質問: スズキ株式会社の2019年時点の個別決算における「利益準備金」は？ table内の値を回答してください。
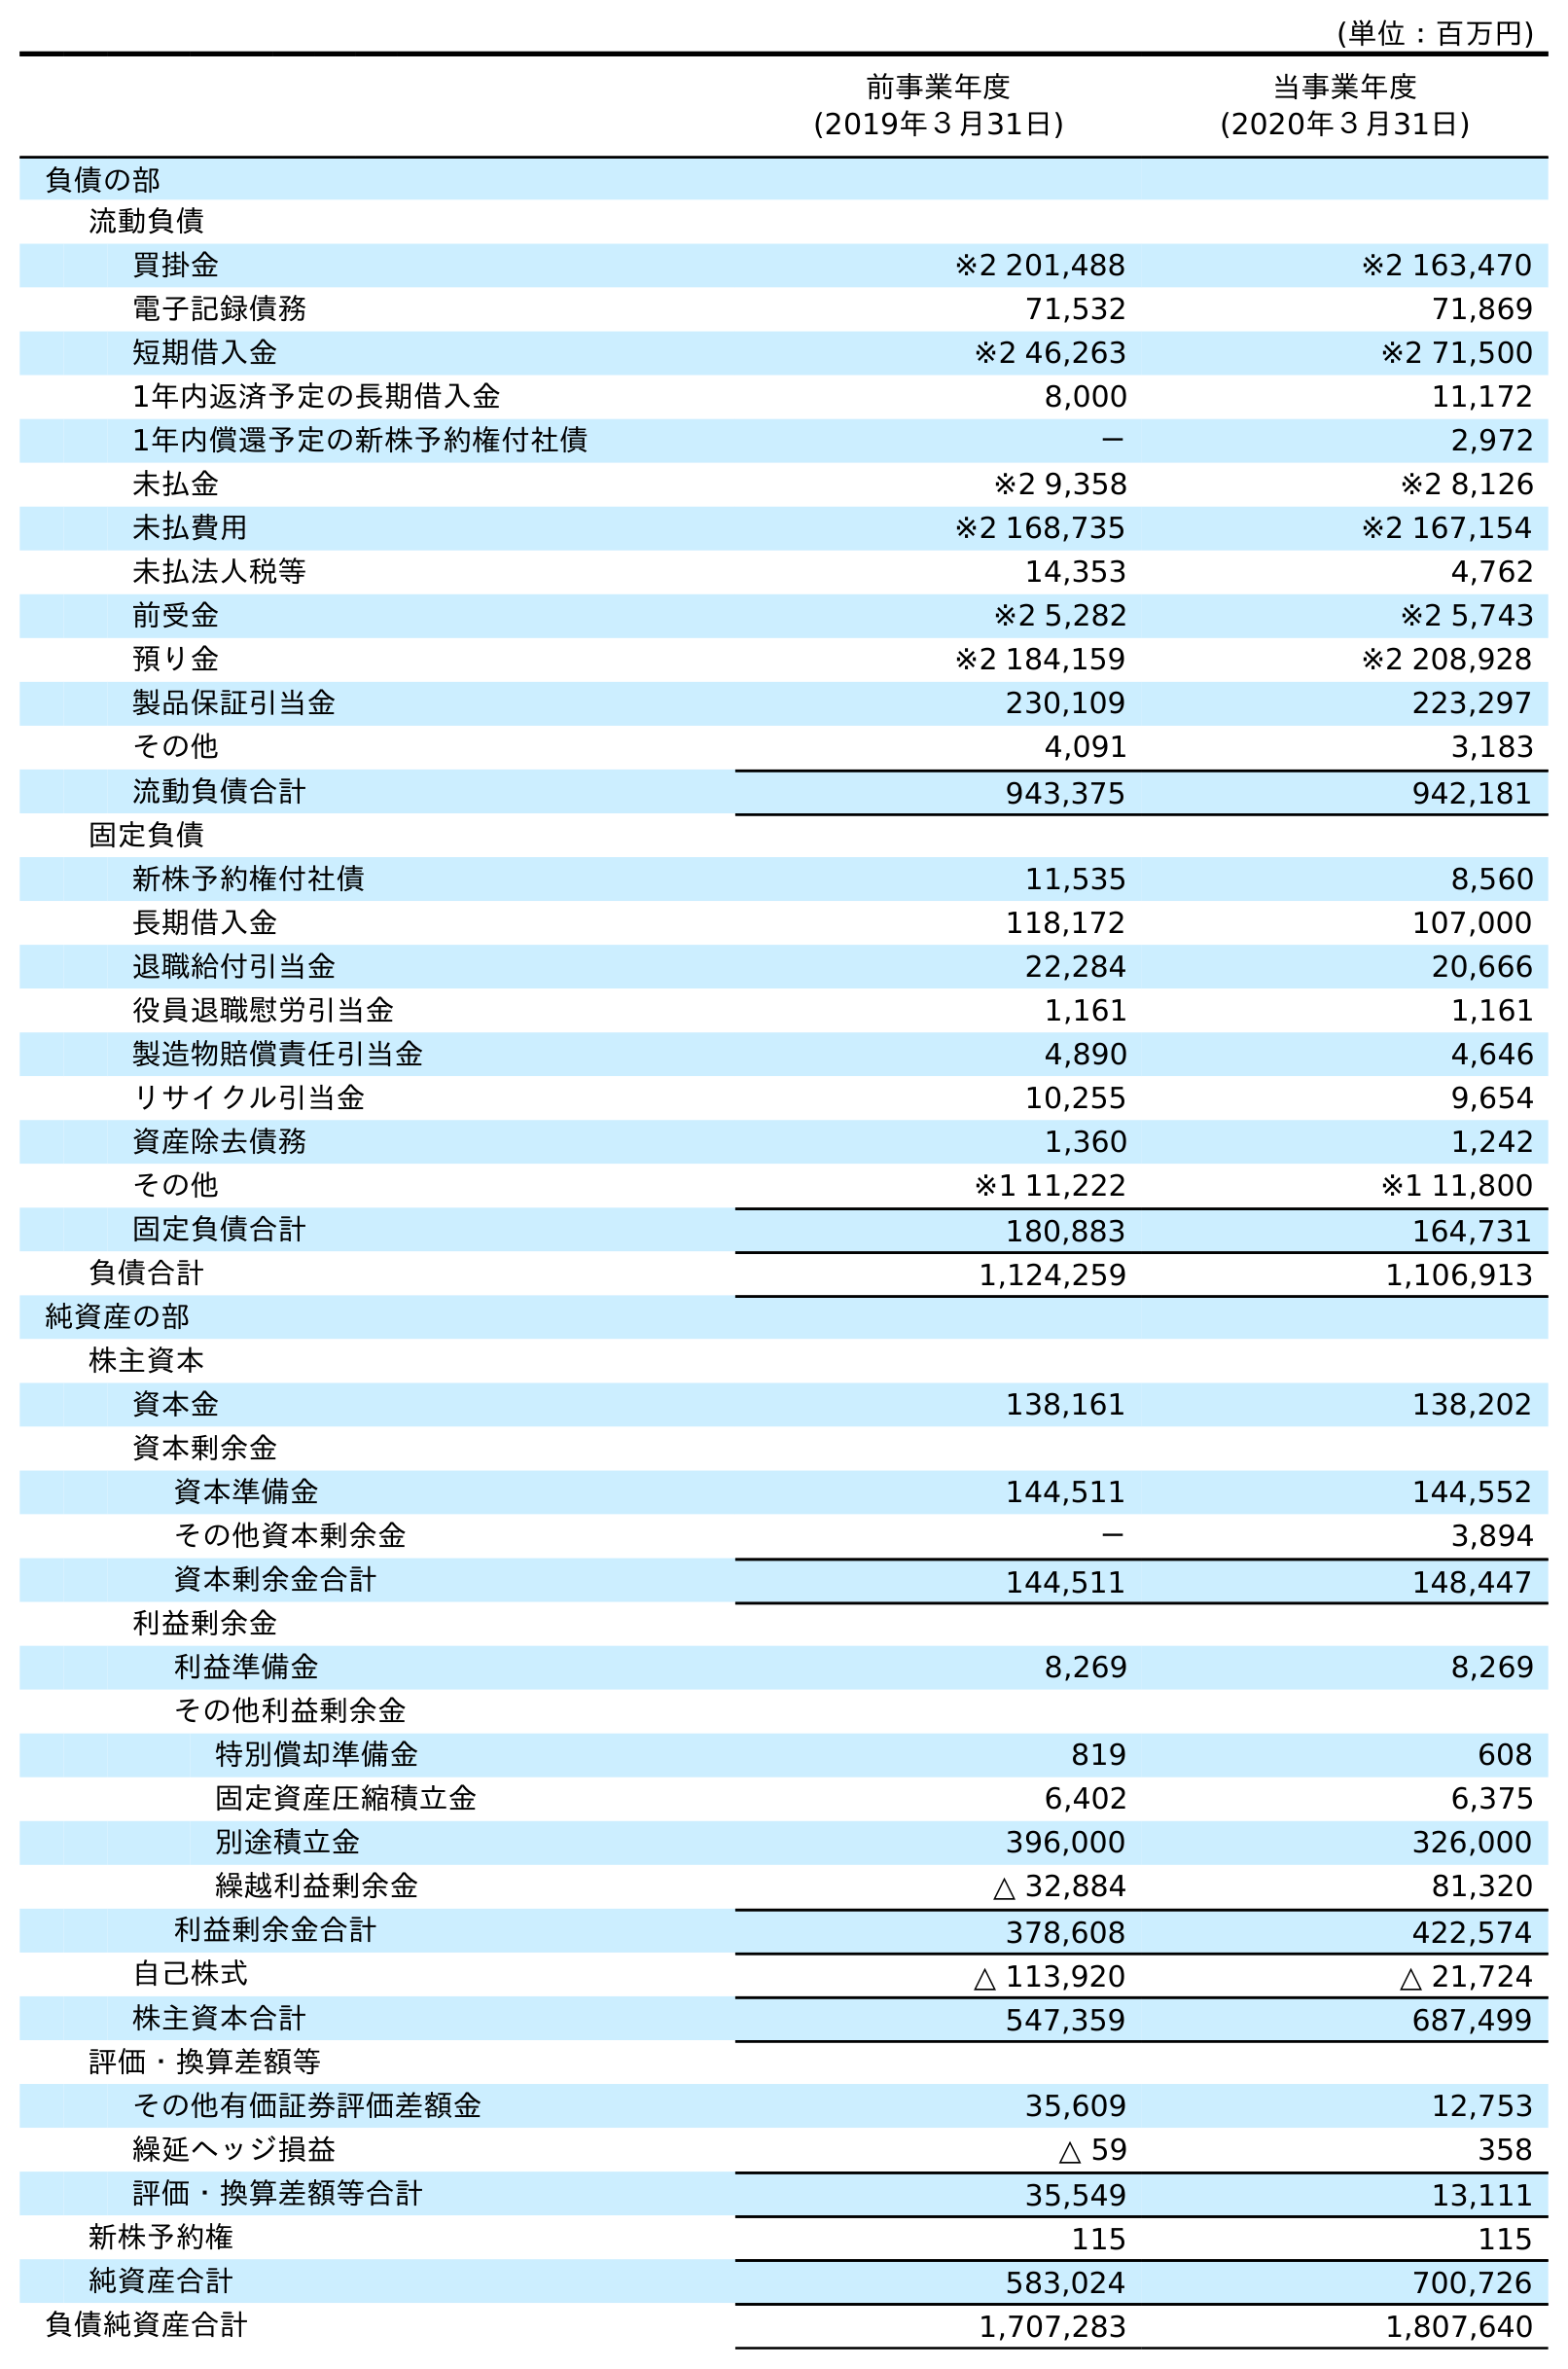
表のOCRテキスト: (単位：百万円) 前事業年度 (2019年３月31日) 当事業年度 (2020年３月31日) 負債の部 流動負債 買掛金 ※2 201,488 ※2 163,470 電子記録債務 71,532 71,869 短期借入金 ※2 46,263 ※2 71,500 1年内返済予定の長期借入金 8,000 11,172 1年内償還予定の新株予約権付社債 － 2,972 未払金 ※2 9,358 ※2 8,126 未払費用 ※2 168,735 ※2 167,154 未払法人税等 14,353 4,762 前受金 ※2 5,282 ※2 5,743 預り金 ※2 184,159 ※2 208,928 製品保証引当金 230,109 223,297 その他 4,091 3,183 流動負債合計 943,375 942,181 固定負債 新株予約権付社債 11,535 8,560 長期借入金 118,172 107,000 退職給付引当金 22,284 20,666 役員退職慰労引当金 1,161 1,161 製造物賠償責任引当金 4,890 4,646 リサイクル引当金 10,255 9,654 資産除去債務 1,360 1,242 その他 ※1 11,222 ※1 11,800 固定負債合計 180,883 164,731 負債合計 1,124,259 1,106,913 純資産の部 株主資本 資本金 138,161 138,202 資本剰余金 資本準備金 144,511 144,552 その他資本剰余金 － 3,894 資本剰余金合計 144,511 148,447 利益剰余金 利益準備金 8,269 8,269 その他利益剰余金 特別償却準備金 819 608 固定資産圧縮積立金 6,402 6,375 別途積立金 396,000 326,000 繰越利益剰余金 △ 32,884 81,320 利益剰余金合計 378,608 422,574 自己株式 △ 113,920 △ 21,724 株主資本合計 547,359 687,499 評価・換算差額等 その他有価証券評価差額金 35,609 12,753 繰延ヘッジ損益 △ 59 358 評価・換算差額等合計 35,549 13,111 新株予約権 115 115 純資産合計 583,024 700,726 負債純資産合計 1,707,283 1,807,640
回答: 8,269